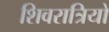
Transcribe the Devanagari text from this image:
शिवरात्रियों